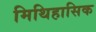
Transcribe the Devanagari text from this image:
मिथिहासिक